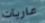
عاريات